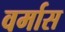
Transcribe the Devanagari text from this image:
वर्मास